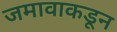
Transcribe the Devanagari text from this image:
जमावाकडून